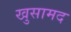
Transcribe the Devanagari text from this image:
खुसामद